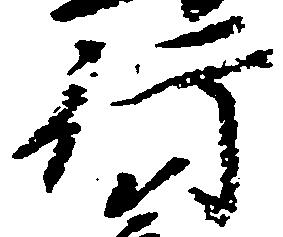
行